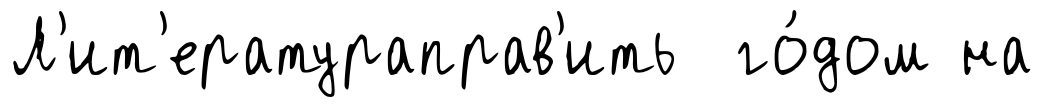
Л'ит'ератураправ'ить го́дом на